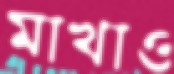
মাখাও